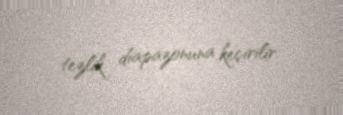
tezlik diapazonuna keçirilir.